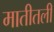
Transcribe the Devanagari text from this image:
मातीतली